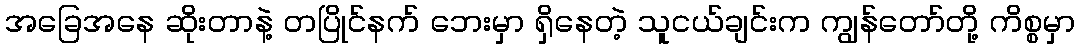
အခြေအနေ ဆိုးတာနဲ့ တပြိုင်နက် ဘေးမှာ ရှိနေတဲ့ သူငယ်ချင်းက ကျွန်တော်တို့ ကိစ္စမှာ